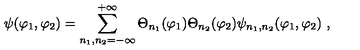
\psi ( \varphi _ { 1 } , \varphi _ { 2 } ) = \sum _ { n _ { 1 } , n _ { 2 } = - \infty } ^ { + \infty } \Theta _ { n _ { 1 } } ( \varphi _ { 1 } ) \Theta _ { n _ { 2 } } ( \varphi _ { 2 } ) \psi _ { n _ { 1 } , n _ { 2 } } ( \varphi _ { 1 } , \varphi _ { 2 } ) \ ,